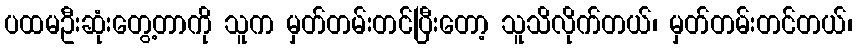
ပထမဦးဆုံးတွေ့တာကို သူက မှတ်တမ်းတင်ပြီးတော့ သူသိလိုက်တယ်၊ မှတ်တမ်းတင်တယ်၊